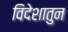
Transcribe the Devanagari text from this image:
विदेशातुन